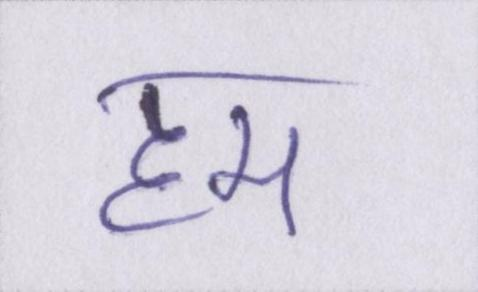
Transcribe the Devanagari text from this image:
हम